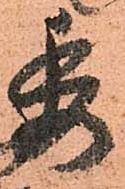
委